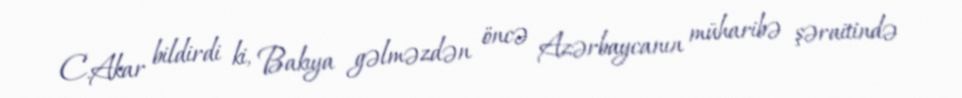
C.Akar bildirdi ki, Bakıya gəlməzdən öncə Azərbaycanın müharibə şəraitində